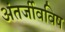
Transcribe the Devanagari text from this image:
अंतर्जीवविष